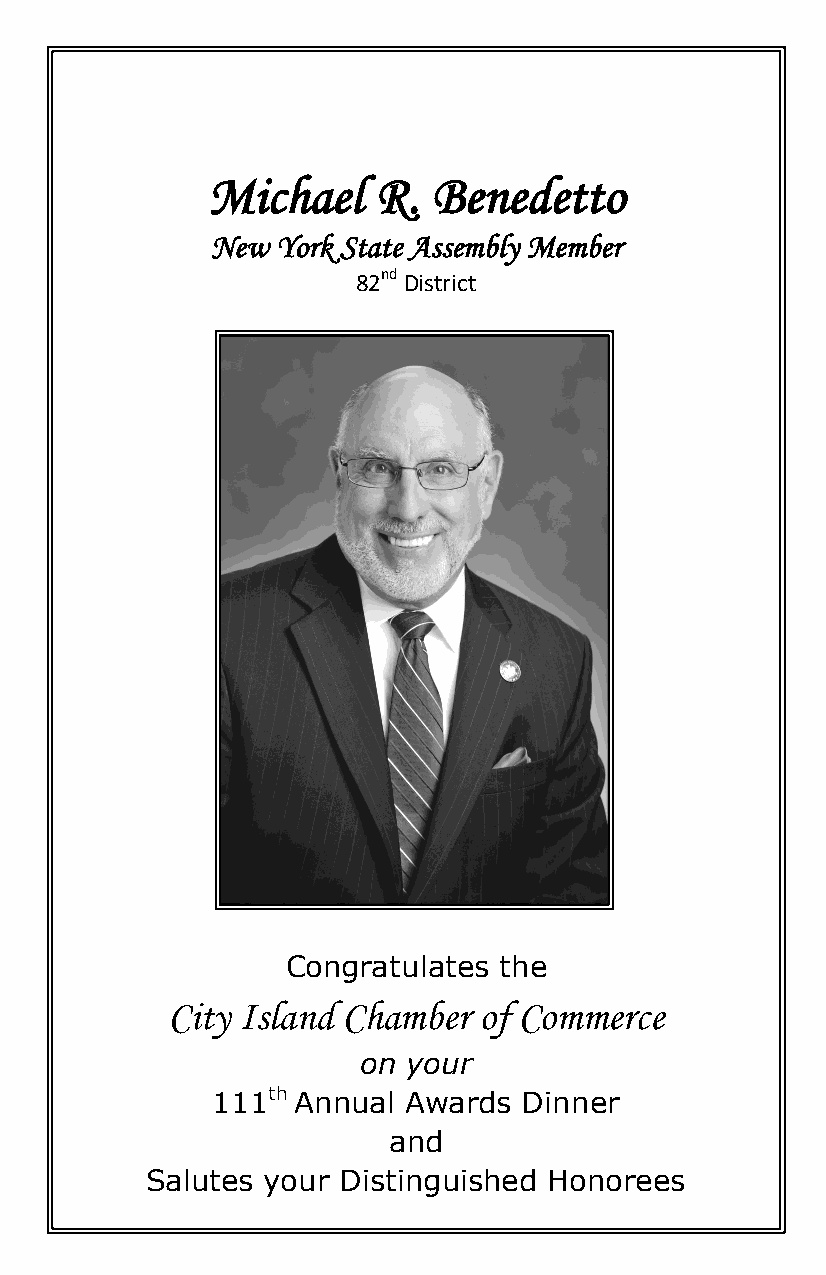
Michael    R.  Benedetto
 New York State Assembly Member
 82nd District
 Congratulates the
 City Island Chamber  of Commerce
 on your
 111th Annual Awards  Dinner
 and
 Salutes your Distinguished Honorees